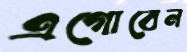
এগোবেন